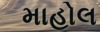
માહોલ